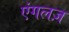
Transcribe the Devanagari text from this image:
एंगलज़